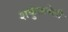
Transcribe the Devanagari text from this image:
शकुंतलेशी